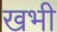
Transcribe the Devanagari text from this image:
खभी